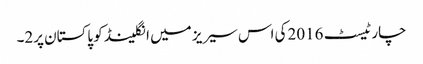
چار ٹیسٹ 2016کی اس سیریز میں انگلینڈ کو پاکستان پر2۔